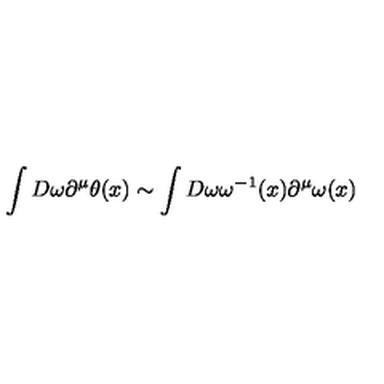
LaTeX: \int D \omega \partial ^ { \mu } \theta ( x ) \sim \int D \omega \omega ^ { - 1 } ( x ) \partial ^ { \mu } \omega ( x )